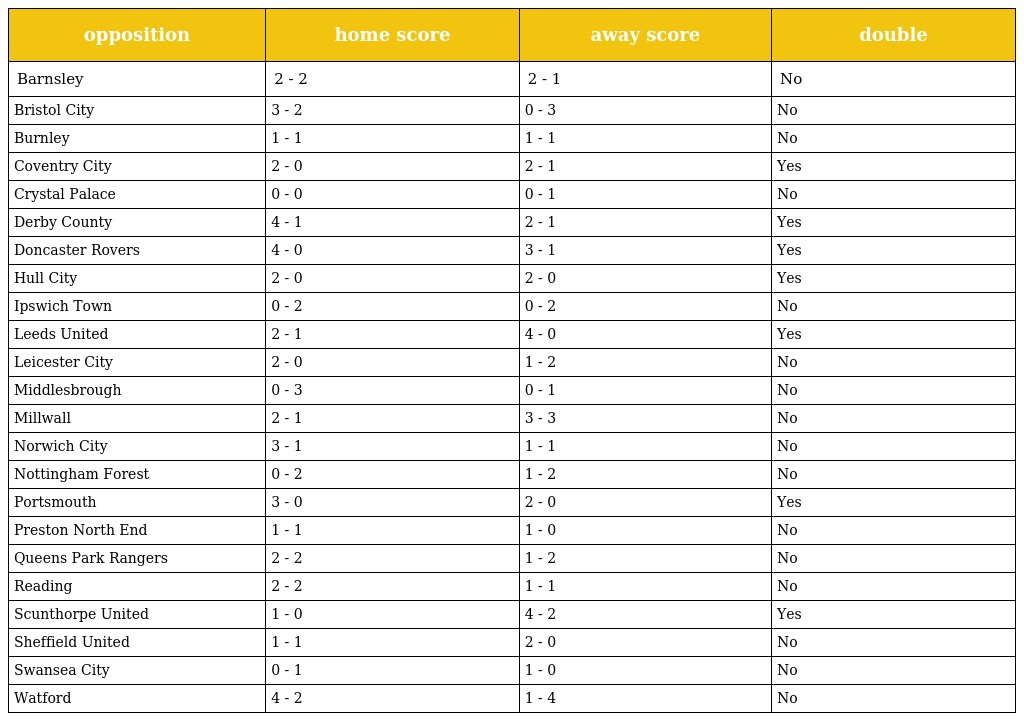
| opposition | home score | away score | double |
 | --- | --- | --- | --- |
 | Barnsley | 2 - 2 | 2 - 1 | No |
 | Bristol City | 3 - 2 | 0 - 3 | No |
 | Burnley | 1 - 1 | 1 - 1 | No |
 | Coventry City | 2 - 0 | 2 - 1 | Yes |
 | Crystal Palace | 0 - 0 | 0 - 1 | No |
 | Derby County | 4 - 1 | 2 - 1 | Yes |
 | Doncaster Rovers | 4 - 0 | 3 - 1 | Yes |
 | Hull City | 2 - 0 | 2 - 0 | Yes |
 | Ipswich Town | 0 - 2 | 0 - 2 | No |
 | Leeds United | 2 - 1 | 4 - 0 | Yes |
 | Leicester City | 2 - 0 | 1 - 2 | No |
 | Middlesbrough | 0 - 3 | 0 - 1 | No |
 | Millwall | 2 - 1 | 3 - 3 | No |
 | Norwich City | 3 - 1 | 1 - 1 | No |
 | Nottingham Forest | 0 - 2 | 1 - 2 | No |
 | Portsmouth | 3 - 0 | 2 - 0 | Yes |
 | Preston North End | 1 - 1 | 1 - 0 | No |
 | Queens Park Rangers | 2 - 2 | 1 - 2 | No |
 | Reading | 2 - 2 | 1 - 1 | No |
 | Scunthorpe United | 1 - 0 | 4 - 2 | Yes |
 | Sheffield United | 1 - 1 | 2 - 0 | No |
 | Swansea City | 0 - 1 | 1 - 0 | No |
 | Watford | 4 - 2 | 1 - 4 | No |